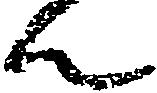
ん